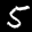
Label: 5